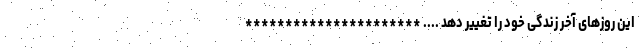
این روزهای آخر زندگی خود را تغییر دهد .... **********************